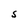
Character: S